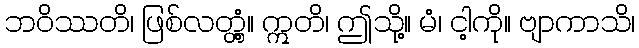
ဘဝိဿတိ၊ ဖြစ်လတ္တံ့။ ဣတိ၊ ဤသို့။ မံ၊ ငါ့ကို။ ဗျာကာသိ၊